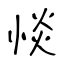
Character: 惔